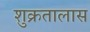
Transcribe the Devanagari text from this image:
शुक्रतालास